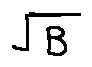
\sqrt { B }